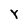
Character: Y